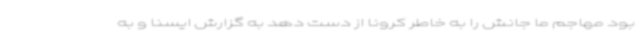
بود مهاجم ما جانش را به خاطر کرونا از دست دهد به گزارش ایسنا و به